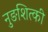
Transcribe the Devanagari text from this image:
नुङशित्की